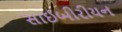
સાઈબીરીયન